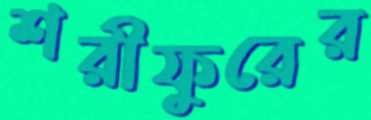
শরীফুরের